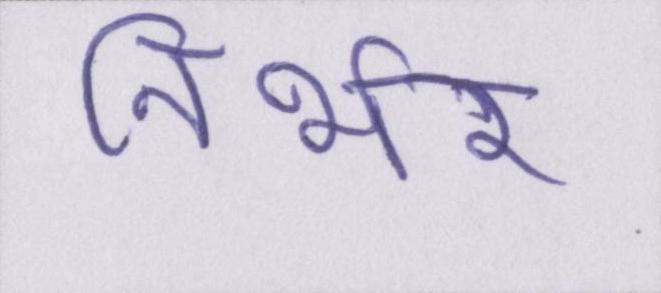
निर्भर